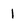
Character: 1